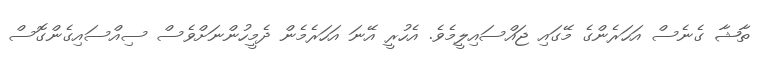
ތާޝާ ގެނެސް އަހަރެންގެ މޭގައި ޖައްސައިލީމެވެ. އެހުރީ އޭނަ އަހަރެމެން ދެމީހުންނަށްވެސް ސިއްސައިގެންގޮސް